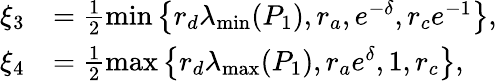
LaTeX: \begin{array}{rl}{\xi_{3}}&{=\frac{1}{2}\operatorname*{min}\left\{ {r_{d}}\lambda_{\mathrm{min}}(P_{1}),{r_{a}},{{e^{-{\delta}}}},{r_{c}}{{e^{-{1}}}}\right\} ,}\\ {\xi_{4}}&{=\frac{1}{2}\operatorname*{max}\left\{ {r_{d}}\lambda_{\mathrm{max}}(P_{1}),{r_{a}}{{e^{{\delta}}}},1,{r_{c}}\right\} ,}\end{array}